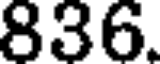
836.